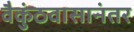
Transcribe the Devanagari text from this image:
वैकुंठवासानंतर